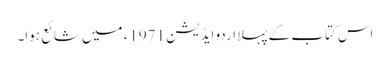
اس کتاب کے پہلا اردو ایڈیشن 1971ء میں شائع ہوا۔